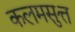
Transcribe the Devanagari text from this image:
कलमसुत्त